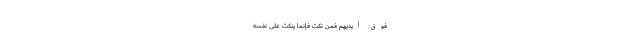
فَوْقَ أَيْدِيهِمْ فَمَنْ نَكَثَ فَإِنَّمَا يَنْكُثُ عَلَى نَفْسِهِ